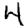
Digit: 4